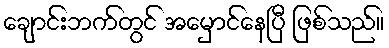
ချောင်းဘက်တွင် အမှောင်နေပြီ ဖြစ်သည်။